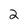
Character: 2